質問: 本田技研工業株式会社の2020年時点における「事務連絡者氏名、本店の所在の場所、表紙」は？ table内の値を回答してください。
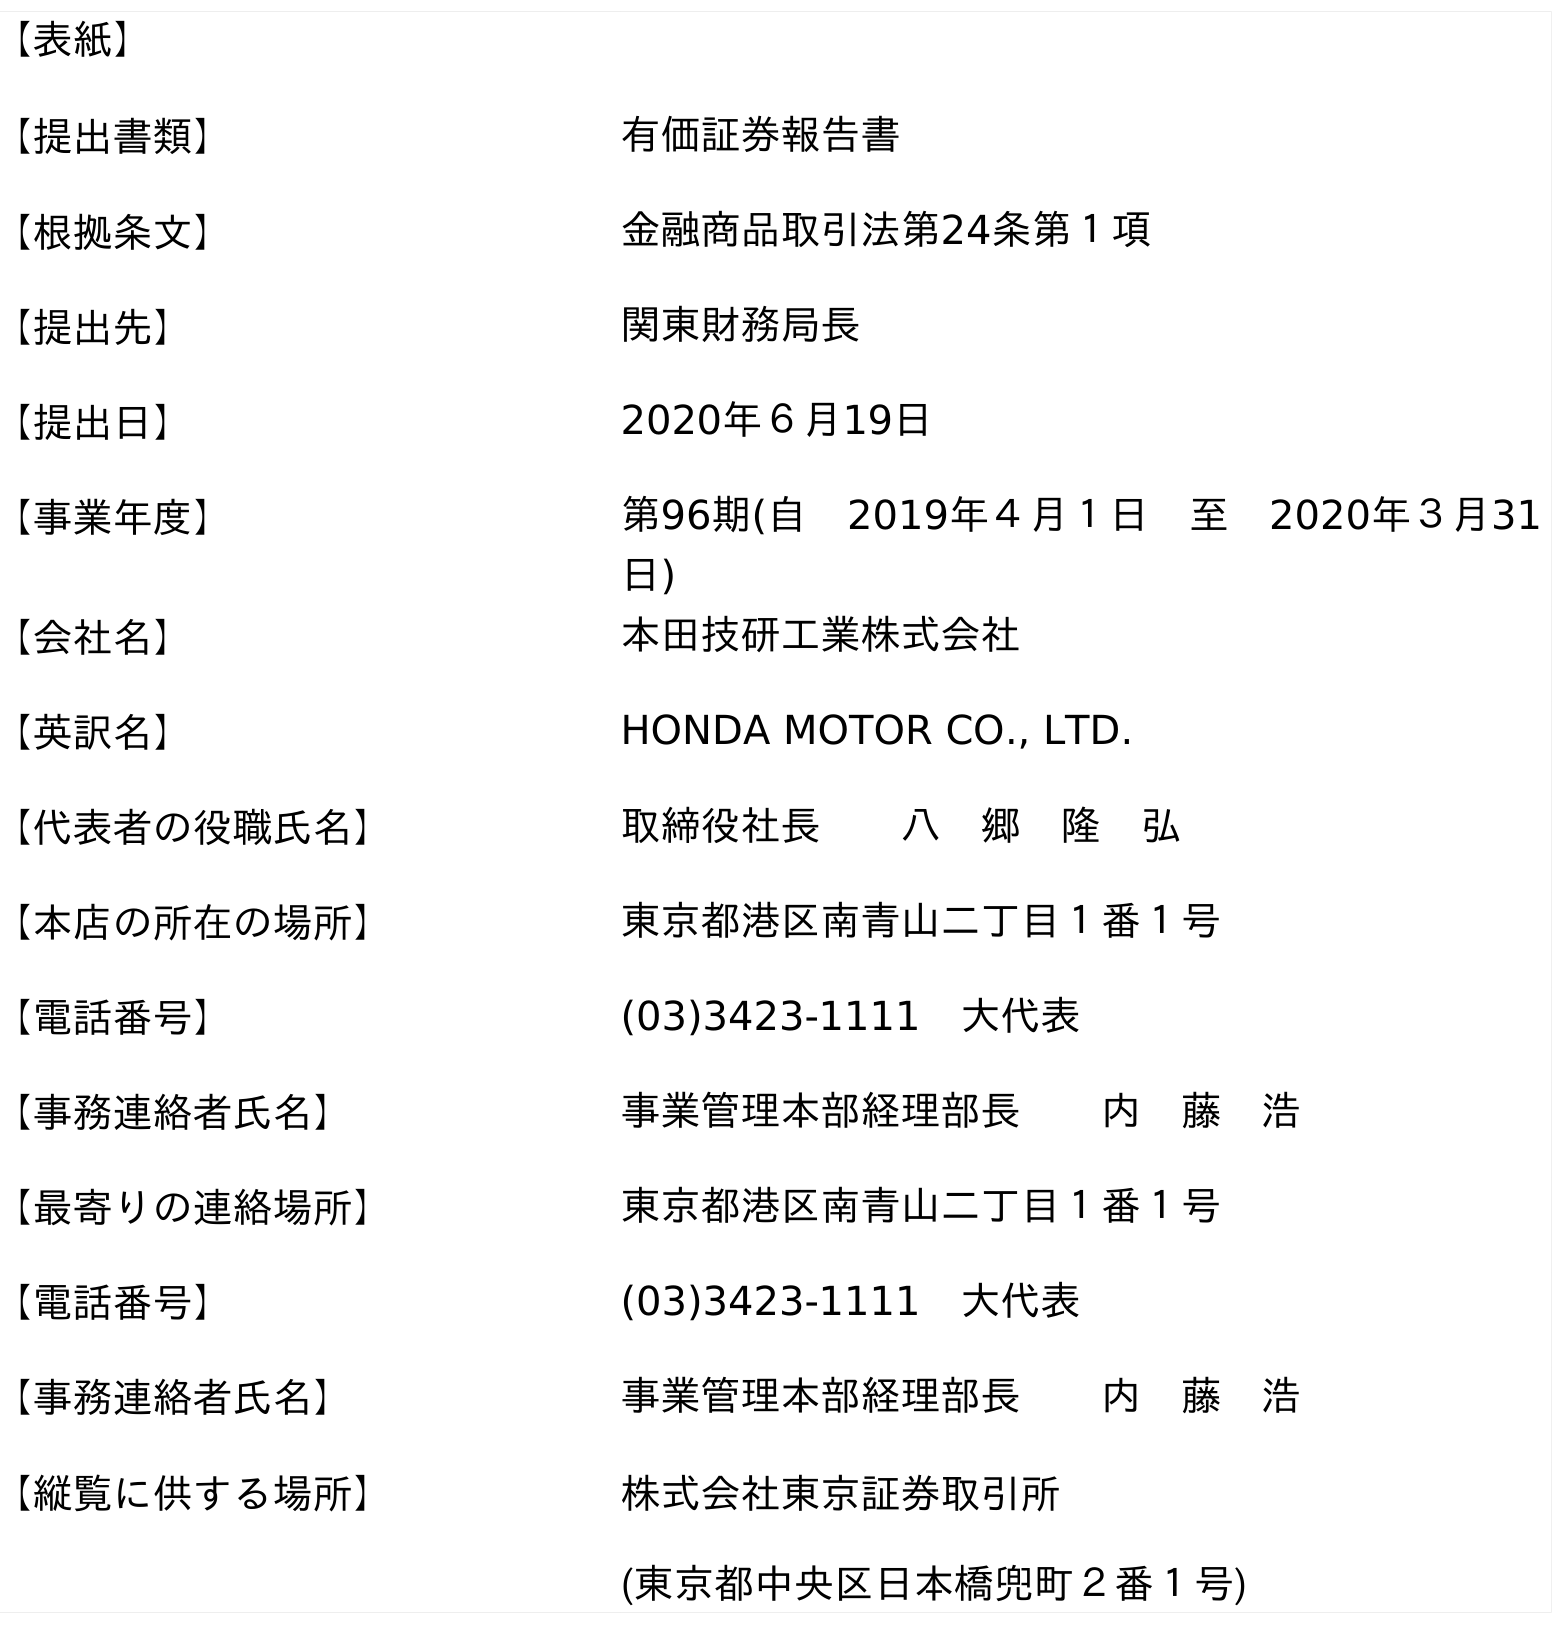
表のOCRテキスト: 【表紙】 【提出書類】 有価証券報告書 【根拠条文】 金融商品取引法第24条第１項 【提出先】 関東財務局長 【提出日】 2020年６月19日 【事業年度】 第96期(自 2019年４月１日 至 2020年３月31 日) 【会社名】 本田技研工業株式会社 【英訳名】 HONDA MOTOR CO., LTD. 【代表者の役職氏名】 取締役社長  八 郷 隆 弘 【本店の所在の場所】 東京都港区南青山二丁目１番１号 【電話番号】 (03)3423-1111 大代表 【事務連絡者氏名】 事業管理本部経理部長  内 藤 浩 【最寄りの連絡場所】 東京都港区南青山二丁目１番１号 【電話番号】 (03)3423-1111 大代表 【事務連絡者氏名】 事業管理本部経理部長  内 藤 浩 【縦覧に供する場所】 株式会社東京証券取引所 (東京都中央区日本橋兜町２番１号)
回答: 事業管理本部経理部長内　藤　浩